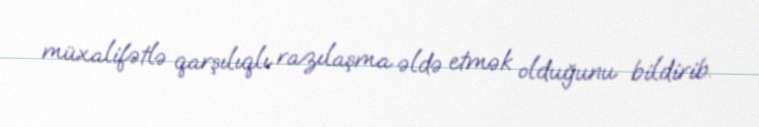
müxalifətlə qarşılıqlı razılaşma əldə etmək olduğunu bildirib.